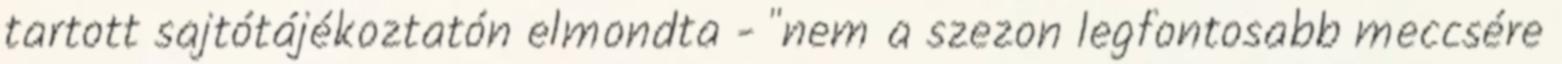
tartott sajtótájékoztatón elmondta - "nem a szezon legfontosabb meccsére